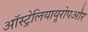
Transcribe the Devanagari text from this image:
ऑस्ट्रेलियायूरोपऔर